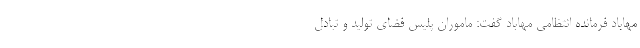
مهاباد فرمانده انتظامی مهاباد گفت: ماموران پلیس فضای تولید و تبادل